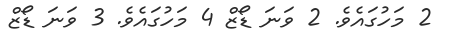
2 މަހުގައެވެ. 2 ވަނަ ޑޯޒް 4 މަހުގައެވެ. 3 ވަނަ ޑޯޒް